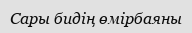
Сары бидің өмірбаяны